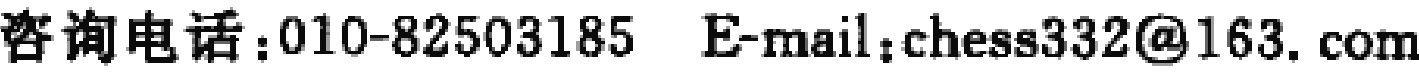
咨询电话：010-82503185  E-mail：chess332@163.com